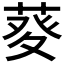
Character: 𤼱